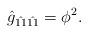
LaTeX: \begin{align*}\hat{g}_{\hat{11}\hat{11}}=\phi^{2}.\end{align*}